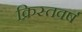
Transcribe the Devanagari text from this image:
क्रिस्तवर्ष